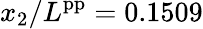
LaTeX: x_{2}/L^{\mathrm{pp}}=0.1509